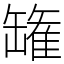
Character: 𮉸